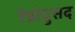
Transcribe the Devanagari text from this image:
रेप्रोदुसद